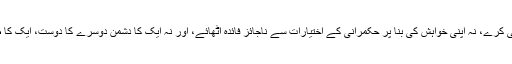
سب کے سب اس کا حکم مانیں جو حکم دینے میں نہ اپنی جہالت کی وجہ سے غلطی کرے، نہ اپنی خواہش کی بنا پر حکمرانی کے اختیارات سے ناجائز فائدہ اٹھائے، اور نہ ایک کا دشمن دوسرے کا دوست، ایک کا طرف دار اور دوسرے کا مخالف، ایک کی طرف مائل اور دوسرے سے منحرف ہو۔